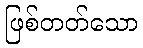
ဖြစ်တတ်သော